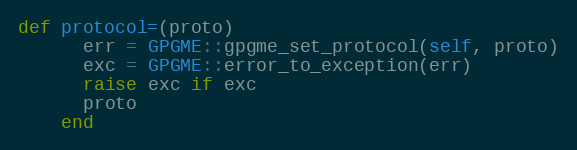
Language: Ruby
def protocol=(proto)
      err = GPGME::gpgme_set_protocol(self, proto)
      exc = GPGME::error_to_exception(err)
      raise exc if exc
      proto
    end